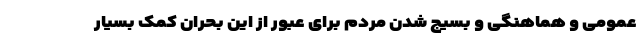
عمومی و هماهنگی و بسیج شدن مردم برای عبور از این بحران کمک بسیار